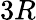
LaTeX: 3R